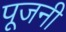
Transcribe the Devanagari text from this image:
पूजनी